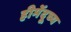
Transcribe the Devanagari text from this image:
हीमेंदूच्य